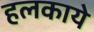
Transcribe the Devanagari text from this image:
हलकाये